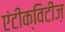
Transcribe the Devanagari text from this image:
एंटीक्विटीज़